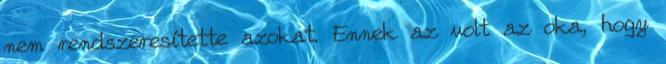
nem rendszeresítette azokat. Ennek az volt az oka, hogy